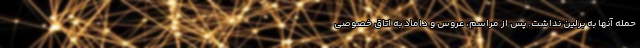
حمله آنها به برلین نداشت. پس از مراسم، عروس و داماد به اتاق خصوصی